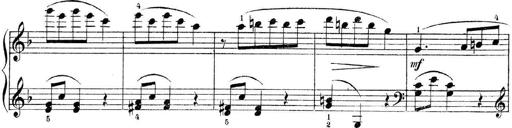
Title: 3 Piano Sonatinas
Composer: Paul Zilcher
Key: C major; G major; F major